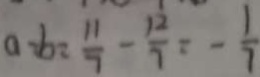
a - b = \frac { 1 1 } { 7 } - \frac { 1 2 } { 7 } = - \frac { 1 } { 7 }